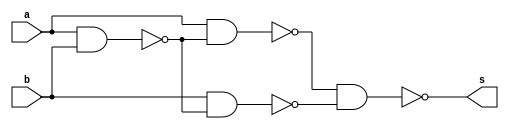
// Guia 04
// Nome: Raphaela Fernanda Silva

module xorgate (s,a,b);
output s;
input a,b;
wire s1,s2,s3,s4;

nand NAND1 (s3,a,b);
nand NAND2 (s1,a,s3);
nand NAND3 (s2,b,s3);
nand NAND4 (s,s1,s2);

endmodule

module andgate (s,a,b);
output s;
input a,b;
wire s1;

nand NAND1 (s1,a,b);
nand NAND2 (s,s1,s1);

endmodule

module orgate (s,a,b);
output s;
input a,b;
wire s1,s2;

nand NAND1 (s1,a,a);
nand NAND2 (s2,b,b);
nand NAND3 (s,s1,s2);

endmodule

module notgate (s,a);
output s;
input a;

nand NAND1 (s,a,a);

endmodule


module operadorMD (s,s0,a,b);
output s,s0;
input a,b;
wire s1;

xorgate XOR1 (s,a,b);
notgate NOT1 (s1,a);
andgate AND1 (s,s1,b);

endmodule


module operadorDC (s,s0,a,b,v1);
output s,s0;
input a,b,v1;
wire s1,s2,s3;


operadorMD MD1 (s1,s2,a,b);
operadorMD MD2 (s,s3,s1,v1);
orgate OR1 (s,s2,s3);

endmodule

module testDC;
reg a,b,v1;
wire s,s0;

operadorDC DC (s,s0,a,b,v1);

initial begin: start
		a=0;  b=0; v1=0;
		
end


initial begin:main

		$display("Operador Diferenca Completa - Modelo Compacto ");
		#1 $display("a - b - v1 = s  s0");
		#1 $monitor("%b - %b - %b  = %d  %d", a,b,v1,s0,s);

		#1 a = 0; b = 0; v1=1;
		#1 a = 0; b = 1; v1=0;
		#1 a = 0; b = 1; v1=1;
		#1 a = 1; b = 0; v1=0;
		#1 a = 1; b = 0; v1=1;
		#1 a = 1; b = 1; v1=0;
		#1 a = 1; b = 1; v1=1;



end

endmodule